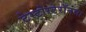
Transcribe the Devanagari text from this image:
टेस्टोस्टेरॉनचा